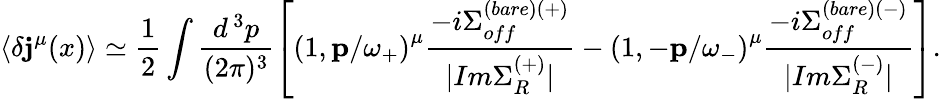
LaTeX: \langle\delta\mathbf{j}^{\mu}(x)\rangle\simeq\frac{{1}}{{2}}\int\frac{{d^{\, 3}p}}{{(2\pi)^{3}}}\left[\left(1,{\mathbf{p}}/\omega_{+}\right)^{\mu}\frac{{-i\Sigma_{off}^{(bare)(+)}}}{{|Im\Sigma_{R}^{(+)}|}}-\left(1,-{\mathbf{p}}/\omega_{-}\right)^{\mu}\frac{{-i\Sigma_{off}^{(bare)(-)}}}{{|Im\Sigma_{R}^{(-)}|}}\right].